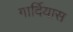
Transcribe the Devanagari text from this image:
गार्दियास